Report on malaria in the Punjab during the year ...  together with an account of the work of the Punjab Malaria Bureau - Volume 6
Disease focus: Malaria
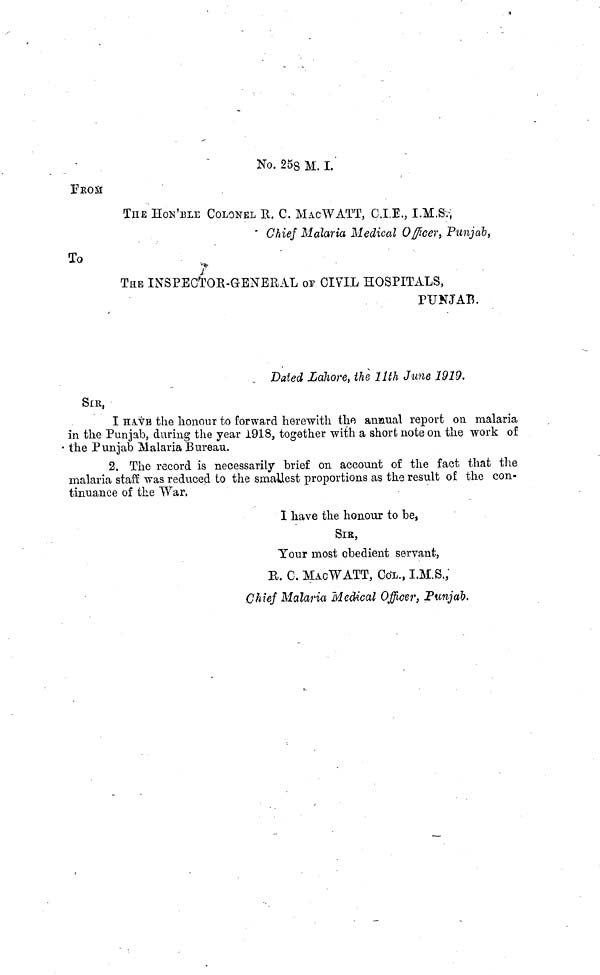
No. 25s M. I.
THE HOK'BLE COLONEL R. C. MAC WATT, C.I.E., I.M.Sr,
Chief Malaria Medical Officer•, Punjab,
To
TEE INSPECTOR-GENERAL OF CIVIL HOSPITALS,
PUNJAB.
Dated Lahore, the 11th June 1919,
SIR,
I HA.YB the honour to forward herewith the annual report on malaria
in the Punjab, during the year 1918, together with a short note on the work of
the Punjab Malaria Bureau.
2. The record is necessarily brief on account of the fact that the
malaria staff was reduced to the smaUest proportions as the result of the con-
tinuance of the War.
I have the honour to be.
SIR,
Your most obedient servant,
R. C. MACWATT, COL., I.M.S.,
Chief Malaria Medical Officer, Punjab.